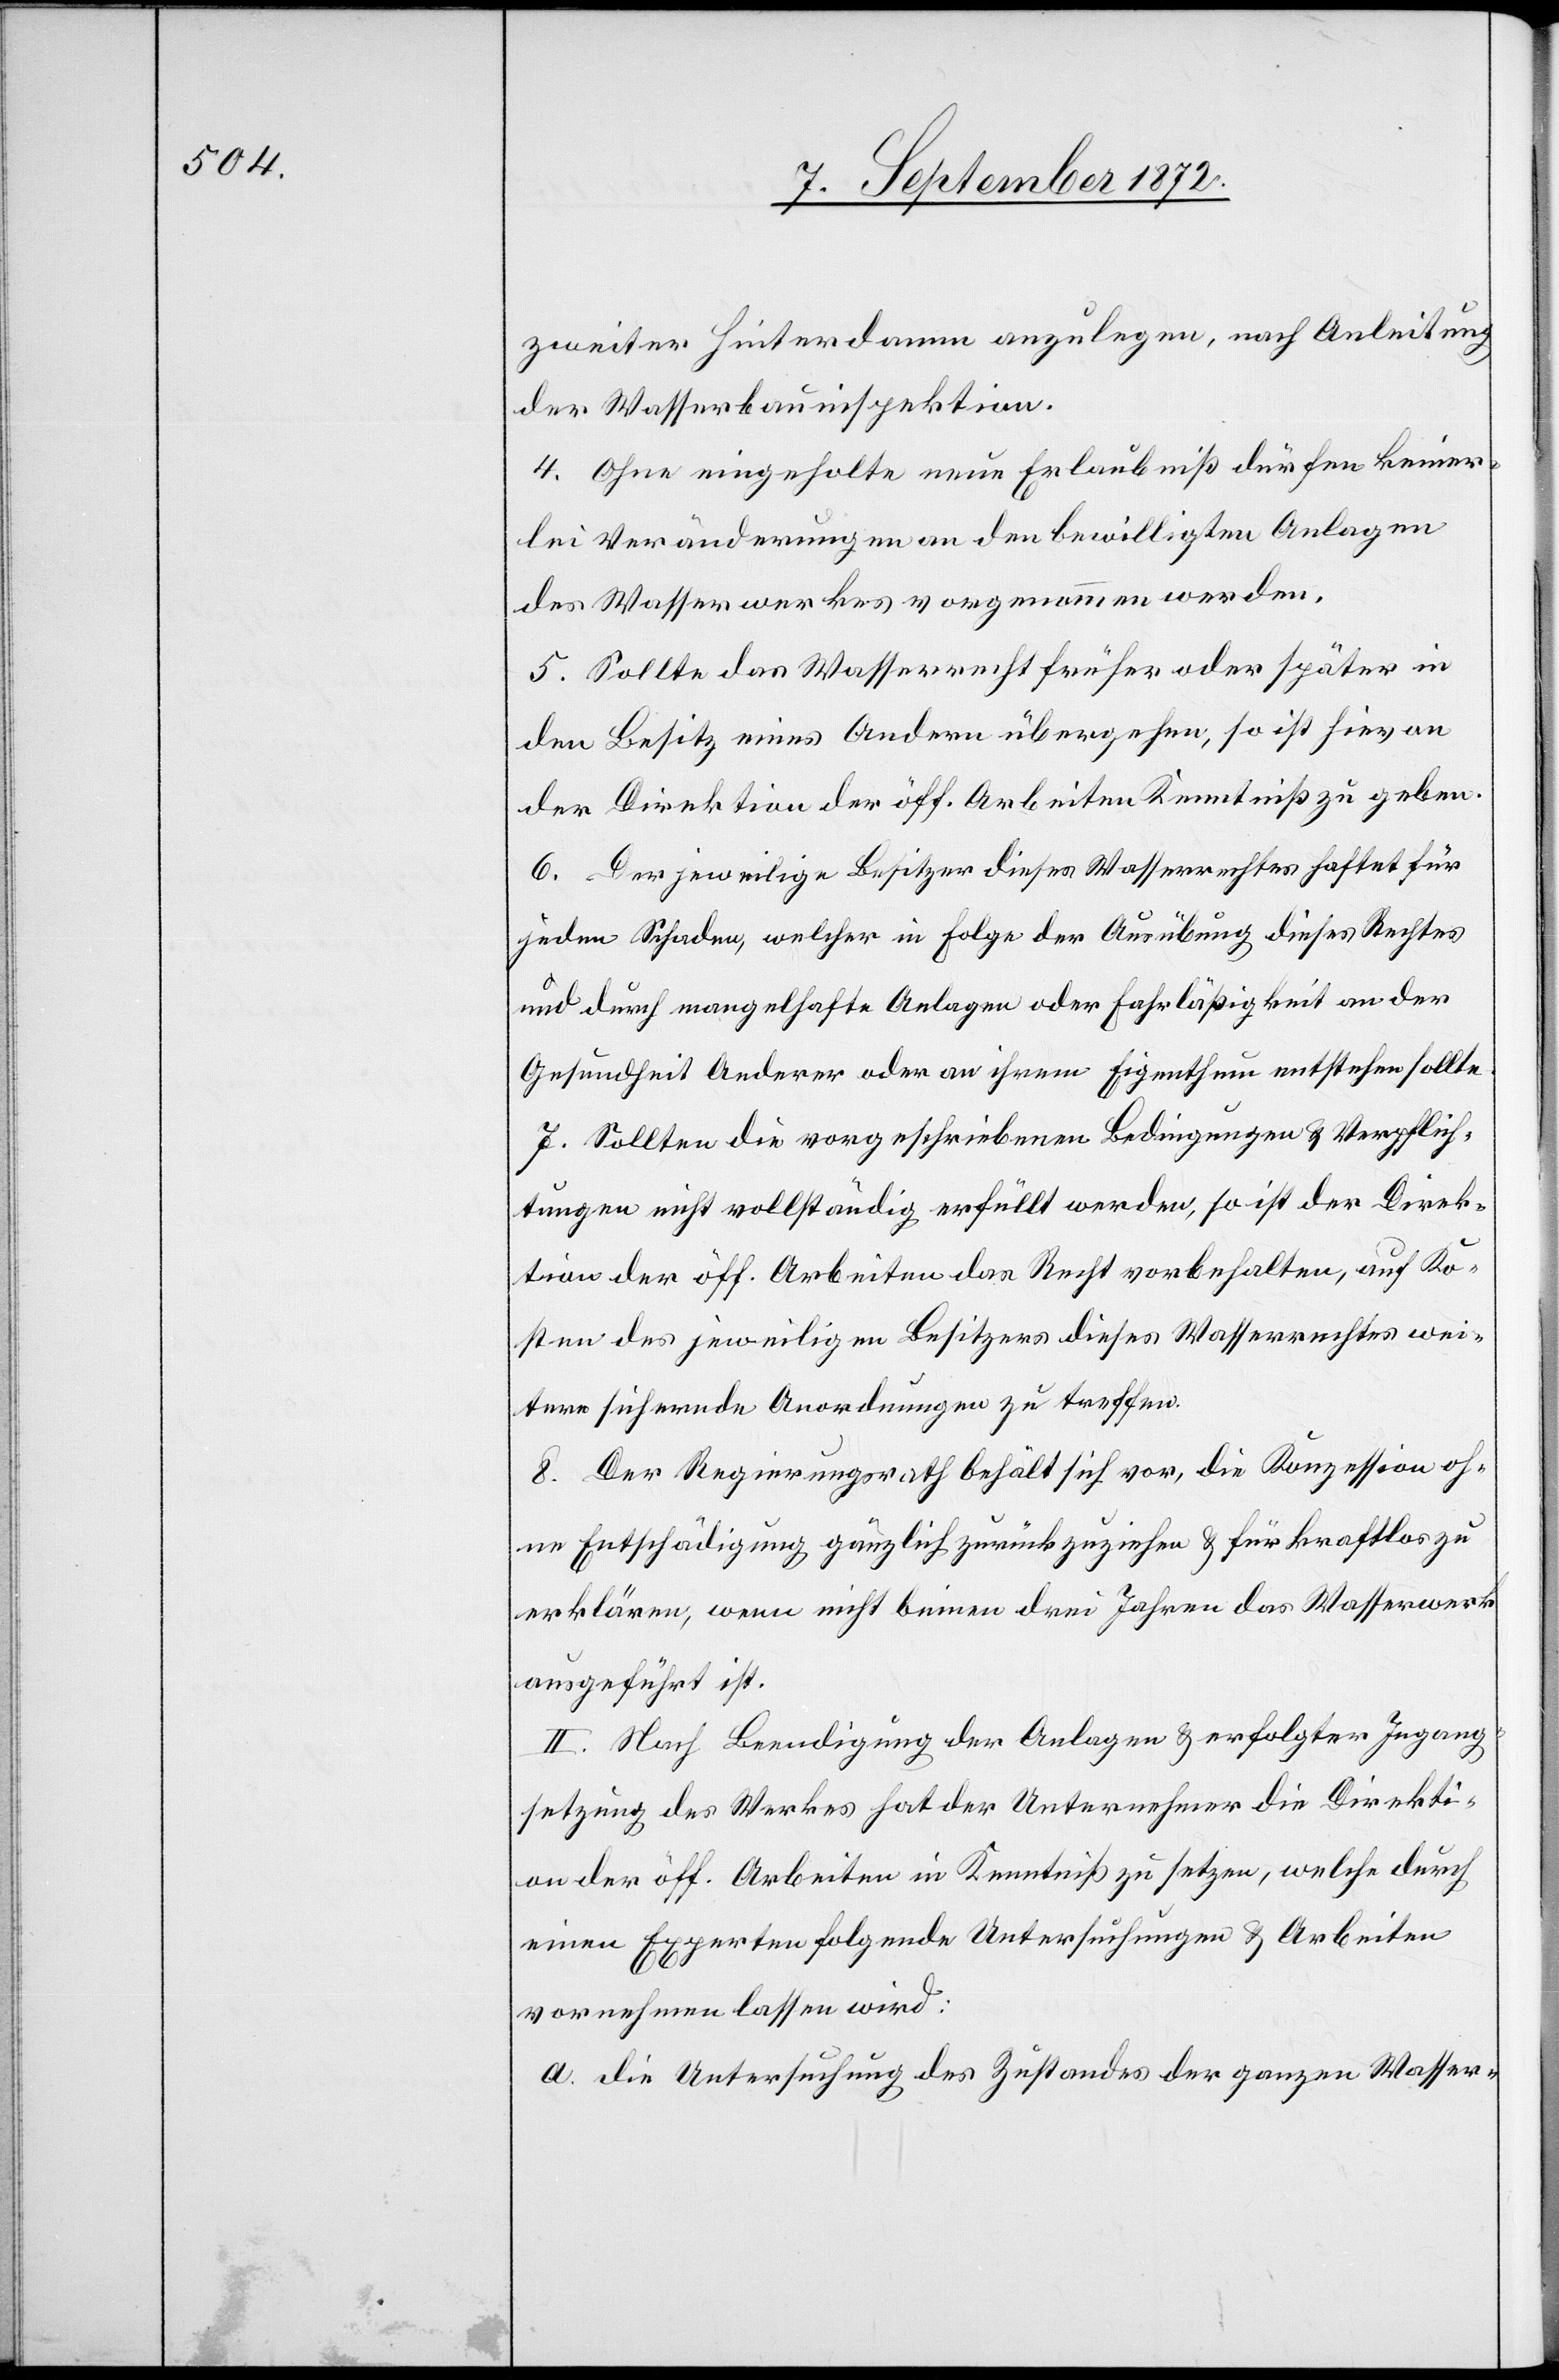
zweiter Hinterdamm anzulegen, nach Anleitung
der Wasserbauinspektion.
4. Ohne eingeholte neue Erlaubniß dürfen keiner¬
lei Veränderungen an den bewilligten Anlagen
des Wasserwerkes vorgenommen werden.
5. Sollte das Wasserrecht früher oder später in
den Besitz eines Andern übergehen, so ist hievon
der Direktion der öff. Arbeiten Kenntniß zu geben.
6. Der jeweilige Besitzer dieses Wasserrechtes haftet für
jeden Schaden, welcher in Folge der Ausübung dieses Rechtes
und durch mangelhafte Anlagen oder Fahrläßigkeit an der
Gesundheit Anderer oder an ihrem Eigenthum entstehen sollte.
7. Sollten die vorgeschriebenen Bedingungen u. Verpflich¬
tungen nicht vollständig erfüllt werden, so ist der Direk¬
tion der öff. Arbeiten das Recht vorbehalten, auf Ko¬
sten des jeweiligen Besitzers dieses Wasserrechtes wei¬
tere sichernde Anordnungen zu treffen.
8. Der Regierungsrath behält sich vor, die Konzession oh¬
ne Entschädigung gänzlich zurückzuziehen u. für kraftlos zu
erklären, wenn nicht binnen drei Jahren das Wasserwerk
ausgeführt ist.
II. Nach Beendigung der Anlagen u. erfolgter Ingang¬
setzung des Werkes hat der Unternehmer die Direkti¬
on der öff. Arbeiten in Kenntniß zu setzen, welche durch
einen Experten folgende Untersuchungen u. Arbeiten
vornehmen lassen wird:
a. die Untersuchung des Zustandes der ganzen Wasser-